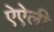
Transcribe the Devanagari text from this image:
ऐऐली